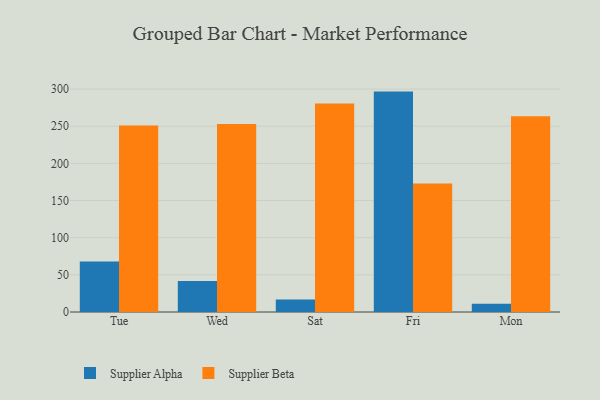
{"axis": {"x": "Day", "y": "Energy Usage (MWh)"}, "legend": ["Supplier Alpha", "Supplier Beta"], "data": [{"x": "Tue", "y": 67.8, "type": "Supplier Alpha"}, {"x": "Tue", "y": 251.1, "type": "Supplier Beta"}, {"x": "Wed", "y": 41.7, "type": "Supplier Alpha"}, {"x": "Wed", "y": 253.0, "type": "Supplier Beta"}, {"x": "Sat", "y": 16.9, "type": "Supplier Alpha"}, {"x": "Sat", "y": 280.5, "type": "Supplier Beta"}, {"x": "Fri", "y": 296.6, "type": "Supplier Alpha"}, {"x": "Fri", "y": 173.0, "type": "Supplier Beta"}, {"x": "Mon", "y": 11.1, "type": "Supplier Alpha"}, {"x": "Mon", "y": 263.3, "type": "Supplier Beta"}]}